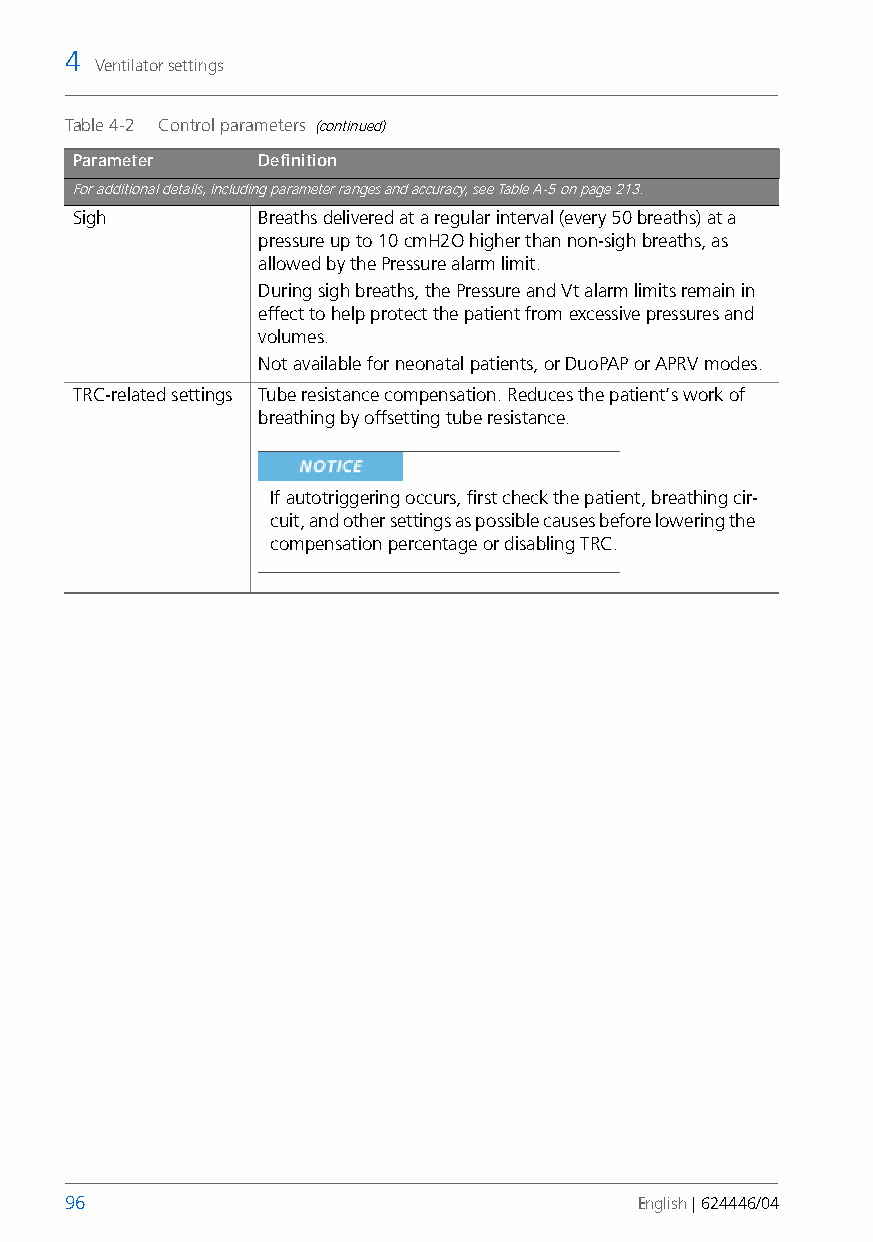
4
 Ventilator settings
 Table 4-2 Control parameters (continued)
 Parameter   Definition
 For additional details, including parameter ranges and accuracy, see Table A-5 on page213.
 Sigh        Breaths delivered at a regular interval (every 50 breaths) at a
 pressure up to 10cmH2O higher than non-sigh breaths, as
 allowed by the Pressure alarm limit.
 During sigh breaths, the Pressure and Vt alarm limits remain in
 effect to help protect the patient from excessive pressures and
 volumes.
 Not available for neonatal patients, or DuoPAP or APRV modes.
 TRC-related settings Tube resistance compensation. Reduces the patient’s work of
 breathing by offsetting tube resistance.
 If autotriggering occurs, first check the patient, breathing cir-
 cuit, and other settings as possible causes before lowering the
 compensation percentage or disabling TRC.
 96                                    English | 624446/04